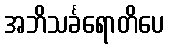
အဘိသင်္ခရောတိပေ